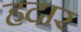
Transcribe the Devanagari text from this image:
हदार